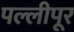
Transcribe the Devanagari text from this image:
पल्लीपूर